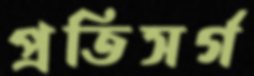
প্রতিসর্গ